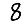
Digit: 8